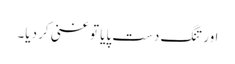
اور تنگ دست پایا تو غنی کر دیا۔